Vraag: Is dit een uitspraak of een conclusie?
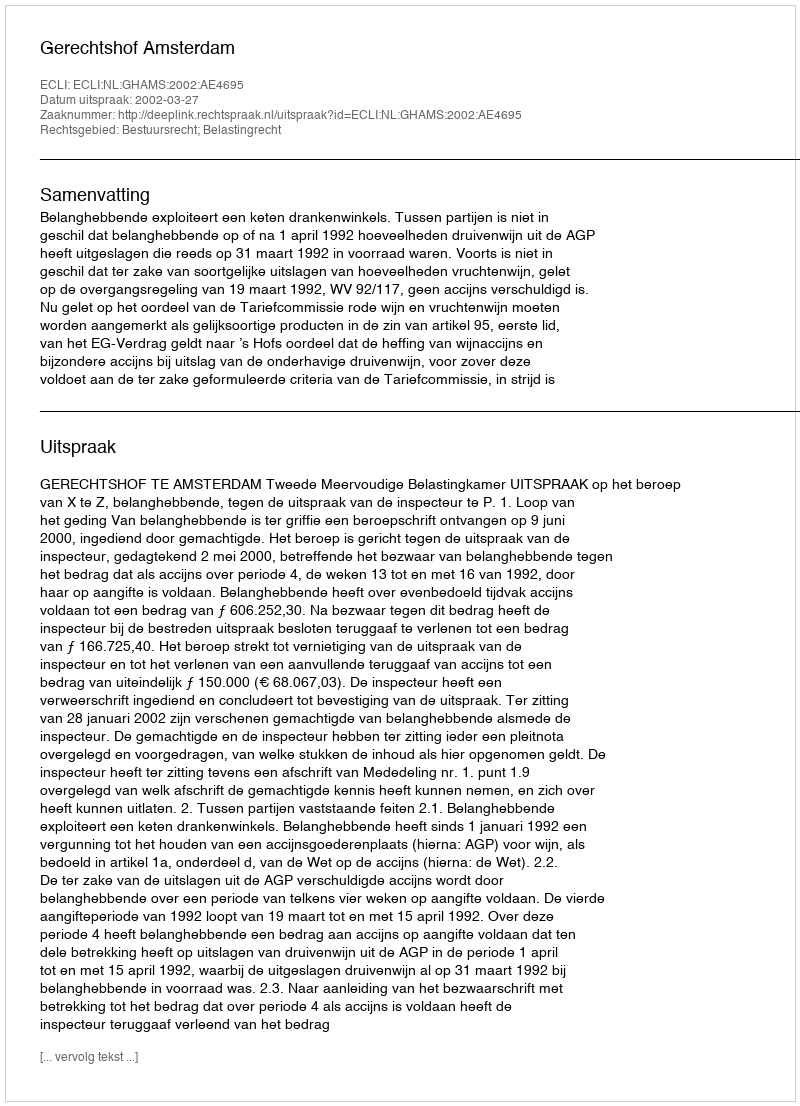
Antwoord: Uitspraak